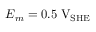
E _ { m } = 0 . 5 \; \mathrm { V } _ { \mathrm { S H E } }